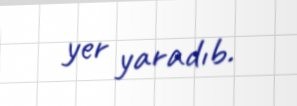
yer yaradıb.